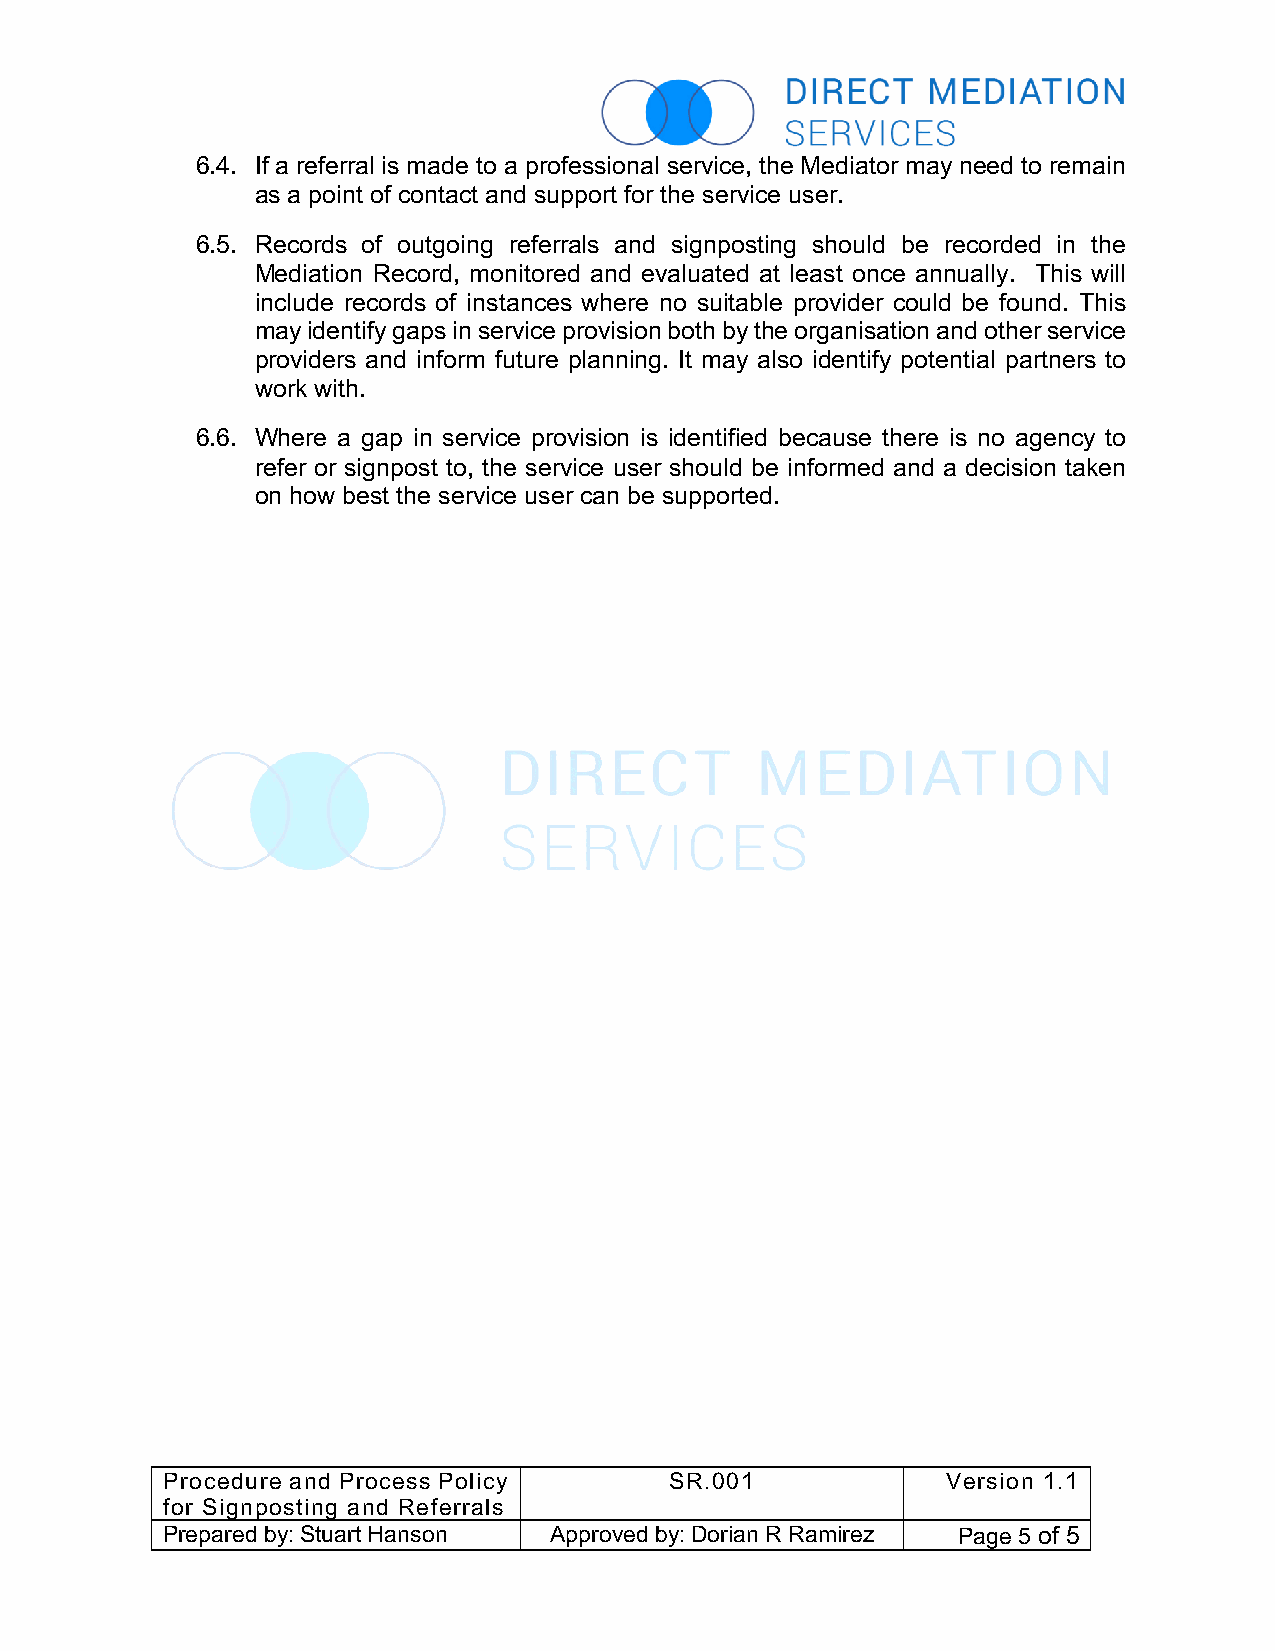
6.4. If a referral is made to a professional service, the Mediator may need to remain
 as a point of contact and support for the service user.
 6.5. Records of outgoing referrals and signposting should be recorded in the
 Mediation Record, monitored and evaluated at least once annually. This will
 include records of instances where no suitable provider could be found. This
 may identify gaps in service provision both by the organisation and other service
 providers and inform future planning. It may also identify potential partners to
 work with.
 6.6. Where a gap in service provision is identified because there is no agency to
 refer or signpost to, the service user should be informed and a decision taken
 on how best the service user can be supported.
 Procedure and Process Policy     SR.001             Version 1.1
 for Signposting and Referrals
 Prepared by: Stuart Hanson Approved by: Dorian R Ramirez Page 5 of 5